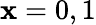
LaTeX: \mathbf{x}=0,1